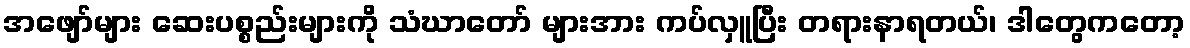
အဖျော်များ ဆေးပစ္စည်းများကို သံဃာတော် များအား ကပ်လှူပြီး တရားနာရတယ်၊ ဒါတွေကတော့